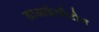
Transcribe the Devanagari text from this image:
डाआईकीटोन